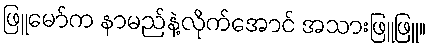
ဖြူမော်က နာမည်နဲ့လိုက်အောင် အသားဖြူဖြူ။